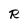
Character: R